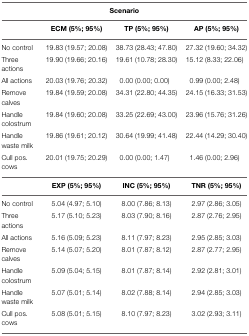
<table><thead><tr><td colspan="4"><b>Scenario</b></td></tr><tr><td></td><td><b>ECM (5%; 95%)</b></td><td><b>TP (5%; 95%)</b></td><td><b>AP (5%; 95%)</b></td></tr></thead><tbody><tr><td>No control</td><td>19.83 (19.57; 20.08)</td><td>38.73 (28.43; 47.80)</td><td>27.32 (19.60; 34.32)</td></tr><tr><td>Three actions</td><td>19.90 (19.66; 20.16)</td><td>19.61 (10.78; 28.30)</td><td>15.12 (8.33; 22.06)</td></tr><tr><td>All actions</td><td>20.03 (19.76; 20.32)</td><td>0.00 (0.00; 0.00)</td><td>0.99 (0.00; 2.48)</td></tr><tr><td>Remove calves</td><td>19.84 (19.59; 20.08)</td><td>34.31 (22.80; 44.35)</td><td>24.15 (16.33; 31.53)</td></tr><tr><td>Handle colostrum</td><td>19.84 (19.60; 20.08)</td><td>33.25 (22.69; 43.00)</td><td>23.96 (15.76; 31.26)</td></tr><tr><td>Handle waste milk</td><td>19.86 (19.61; 20.12)</td><td>30.64 (19.99; 41.48)</td><td>22.44 (14.29; 30.40)</td></tr><tr><td>Cull pos. cows</td><td>20.01 (19.75; 20.29)</td><td>0.00 (0.00; 1.47)</td><td>1.46 (0.00; 2.96)</td></tr><tr><td></td><td><b>EXP (5%; 95%)</b></td><td><b>INC (5%; 95%)</b></td><td><b>TNR (5%; 95%)</b></td></tr><tr><td>No control</td><td>5.04 (4.97; 5.10)</td><td>8.00 (7.86; 8.13)</td><td>2.97 (2.86; 3.05)</td></tr><tr><td>Three actions</td><td>5.17 (5.10; 5.23)</td><td>8.03 (7.90; 8.16)</td><td>2.87 (2.76; 2.95)</td></tr><tr><td>All actions</td><td>5.16 (5.09; 5.23)</td><td>8.11 (7.97; 8.23)</td><td>2.95 (2.85; 3.03)</td></tr><tr><td>Remove calves</td><td>5.14 (5.07; 5.20)</td><td>8.01 (7.87; 8.12)</td><td>2.87 (2.77; 2.95)</td></tr><tr><td>Handle colostrum</td><td>5.09 (5.04; 5.15)</td><td>8.01 (7.87; 8.14)</td><td>2.92 (2.81; 3.01)</td></tr><tr><td>Handle waste milk</td><td>5.07 (5.01; 5.14)</td><td>8.02 (7.88; 8.14)</td><td>2.94 (2.85; 3.03)</td></tr><tr><td>Cull pos. cows</td><td>5.08 (5.01; 5.15)</td><td>8.10 (7.97; 8.23)</td><td>3.02 (2.93; 3.11)</td></tr></tbody></table>